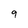
Character: 9